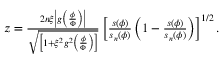
\begin{array} { r } { z = \frac { 2 n \xi \left| g \left( \frac { \phi } { \Phi } \right) \right| } { \sqrt { \left[ 1 + \xi ^ { 2 } g ^ { 2 } \left( \frac { \phi } { \Phi } \right) \right] } } \left[ \frac { s ( \phi ) } { s _ { n } ( \phi ) } \left( 1 - \frac { s ( \phi ) } { s _ { n } ( \phi ) } \right) \right] ^ { 1 / 2 } . } \end{array}